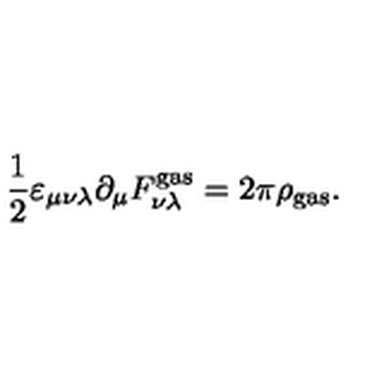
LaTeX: \frac 1 2 \varepsilon _ { \mu \nu \lambda } \partial _ { \mu } F _ { \nu \lambda } ^ { \mathrm { g a s } } = 2 \pi \rho _ { \mathrm { g a s } } .